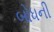
બોધની